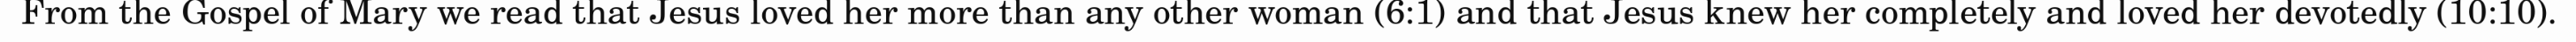
From the Gospel of Mary we read that Jesus loved her more than any other woman (6:1) and that Jesus knew her completely and loved her devotedly (10:10).